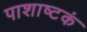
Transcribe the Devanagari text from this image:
पाशाष्टकं